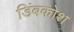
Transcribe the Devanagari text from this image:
डिंबकोश